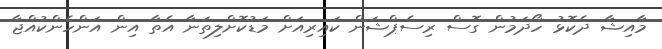
މާއިޝާ ދެކޮޅު ހޯދަމުން ގޮސް ރިސެޕްޝަން ކައިރިއަށް މަޑުކޮށްލިތަނާ އެތާ އިން އަންހެންކުއްޖާ